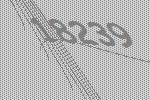
18239